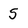
Character: 5